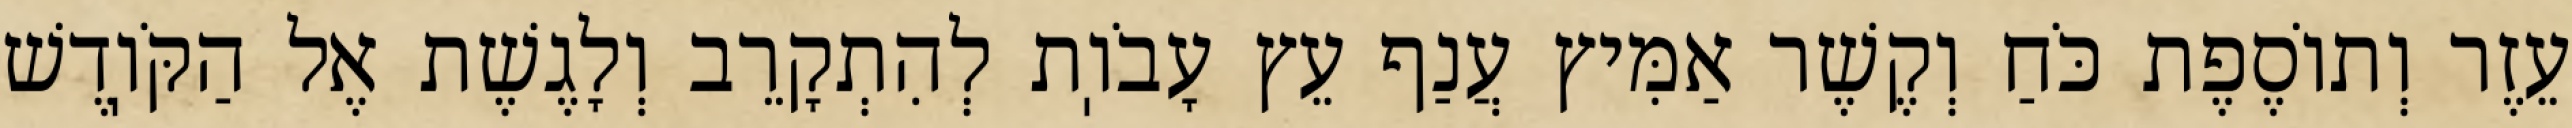
עֵזֶר וְתוֹסֶפֶת כֹּחַ וְקֶשֶׁר אַמִּיץ עֲנַף עֵץ עָבֹוֽת לְהִתְקָרֵב וְלָגֶשֶׁת אֶל הַקֹּוֽדֶשׁ